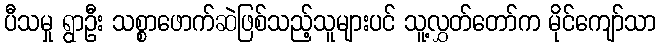
ပီသမှု ရွာဦး သစ္စာဖောက်ဆဲဖြစ်သည့်သူများပင် သူ့လွှတ်တော်က မိုင်ကျော်သာ